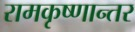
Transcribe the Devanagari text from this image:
रामकृष्णान्तर